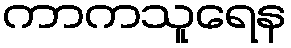
ကာကသူရေန